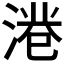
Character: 𱧺